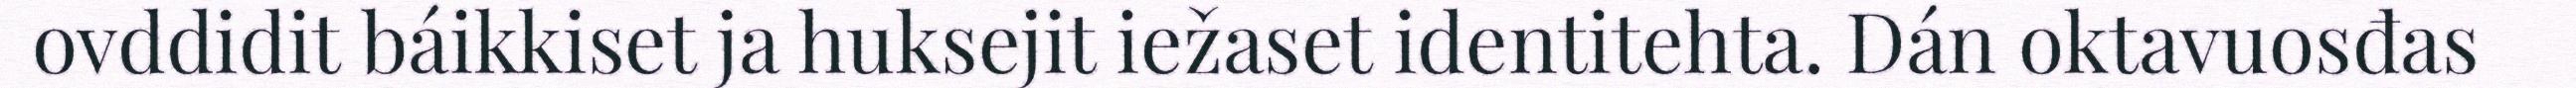
ovddidit báikkiset ja huksejit iežaset identitehta. Dán oktavuosđas